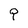
Character: q